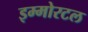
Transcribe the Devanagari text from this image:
इम्मोरटल